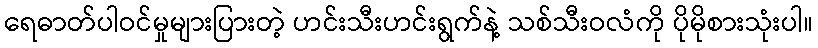
ရေဓာတ်ပါဝင်မှုများပြားတဲ့ ဟင်းသီးဟင်းရွက်နဲ့ သစ်သီးဝလံကို ပိုမိုစားသုံးပါ။